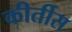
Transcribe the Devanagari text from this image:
कीर्तीस